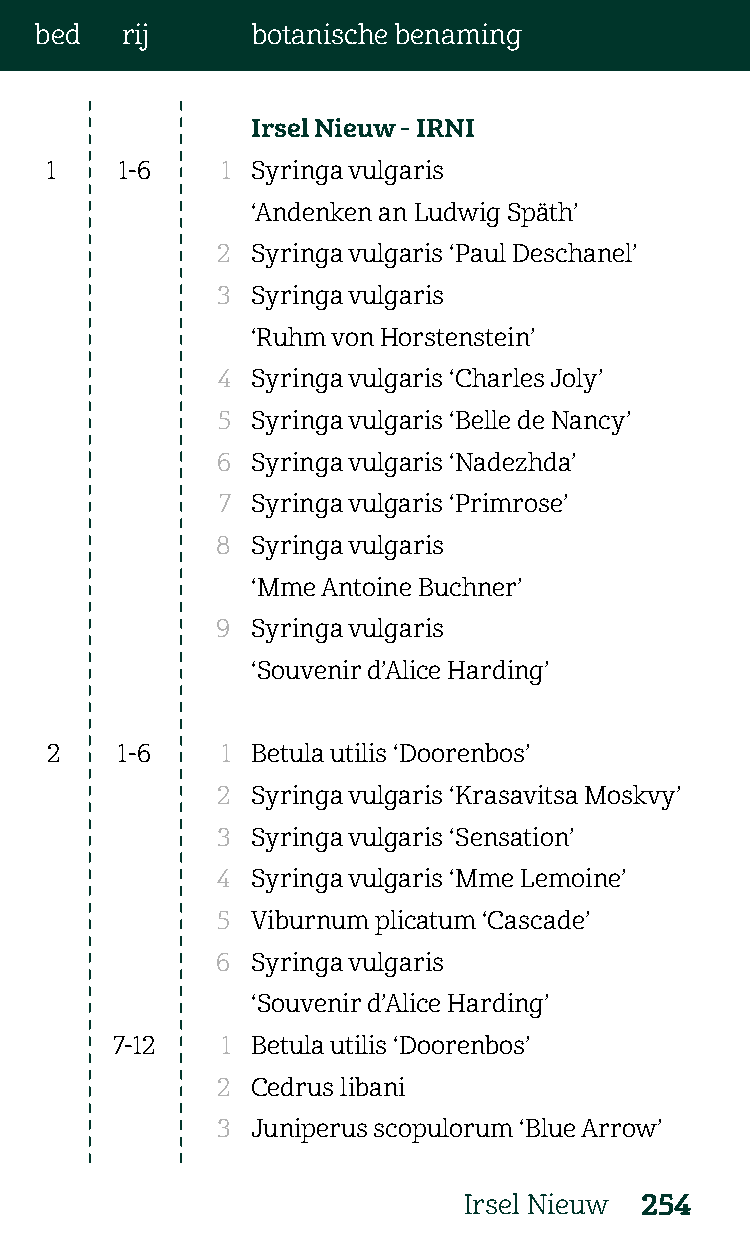
bed   rij      botanische benaming
 Irsel Nieuw - IRNI
 1    1-6    1 Syringa vulgaris
 ‘Andenken an Ludwig Späth’
 2  Syringa vulgaris ‘Paul Deschanel’
 3  Syringa vulgaris
 ‘Ruhm von Horstenstein’
 4  Syringa vulgaris ‘Charles Joly’
 5  Syringa vulgaris ‘Belle de Nancy’
 6  Syringa vulgaris ‘Nadezhda’
 7  Syringa vulgaris ‘Primrose’
 8  Syringa vulgaris
 ‘Mme Antoine Buchner’
 9  Syringa vulgaris
 ‘Souvenir d’Alice Harding’
 2    1-6    1 Betula utilis ‘Doorenbos’
 2  Syringa vulgaris ‘Krasavitsa Moskvy’
 3  Syringa vulgaris ‘Sensation’
 4  Syringa vulgaris ‘Mme Lemoine’
 5  Viburnum plicatum ‘Cascade’
 6  Syringa vulgaris
 ‘Souvenir d’Alice Harding’
 7-12    1 Betula utilis ‘Doorenbos’
 2  Cedrus libani
 3  Juniperus scopulorum ‘Blue Arrow’
 Irsel Nieuw 254